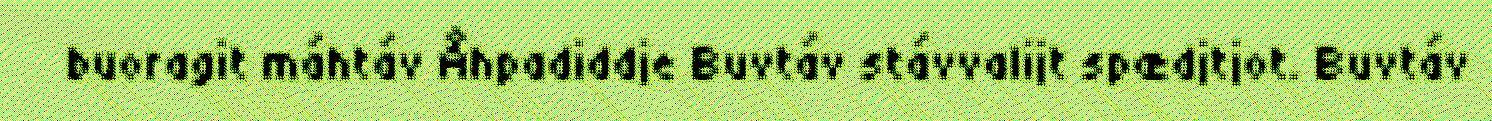
buoragit máhtáv Åhpadiddje Buvtáv stávvalijt spædjtjot. Buvtáv